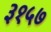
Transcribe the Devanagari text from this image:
३१५७